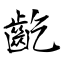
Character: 齕